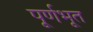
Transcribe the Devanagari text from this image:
पूर्णभूत